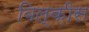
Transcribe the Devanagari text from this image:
विल्क़ीस